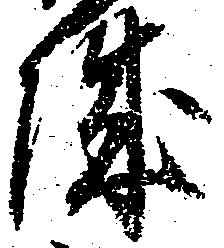
城